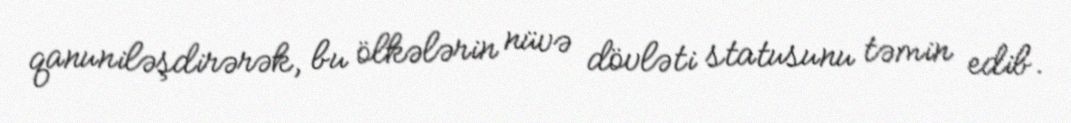
qanuniləşdirərək, bu ölkələrin nüvə dövləti statusunu təmin edib.